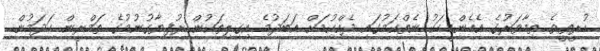
ހުރީތީވެ ތިމާވަރުގެ އެހެންމީހަކު ނެތްކަމުގައި ދެއްކުމަށް އަބަދުމެ އިގިލިތަކުން ރުފިޔާގުނުމުގެ ތަމްރީން ހަދަމުން